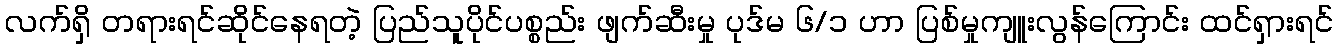
လက်ရှိ တရားရင်ဆိုင်နေရတဲ့ ပြည်သူပိုင်ပစ္စည်း ဖျက်ဆီးမှု ပုဒ်မ ၆/၁ ဟာ ပြစ်မှုကျူးလွန်ကြောင်း ထင်ရှားရင်